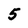
Character: 5